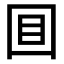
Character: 𡇌